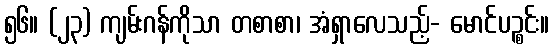
၅၆။ (၂၃) ကျမ်းဂန်ကိုသာ တစာစာ၊ အံရှာလေသည့်- မောင်ပဉ္စင်း။